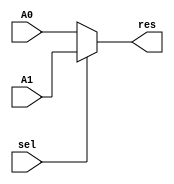
`timescale 1ns / 1ps
//////////////////////////////////////////////////////////////////////////////////
// Company: 
// Engineer: 
// 
// Design Name: 
// Module Name:    mux_2_1_1 
// Project Name: 
// Target Devices: 
// Tool versions: 
// Description: 
//
// Dependencies: 
//
// Revision: 
// Revision 0.01 - File Created
// Additional Comments: 
//
//////////////////////////////////////////////////////////////////////////////////
module mux_2_1_1(A0,A1,res,sel);
	input sel,A0,A1;
	output reg res;
	always @(*)
	begin
			if(sel)
			begin
				res = A1;
			end
			else
			begin
				res = A0;
			end			
	end
	

endmodule